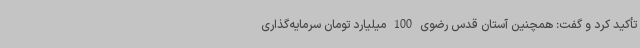
تأکید کرد و گفت: همچنین آستان قدس رضوی 100 میلیارد تومان سرمایه‌گذاری